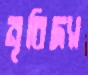
নৃবিদ্যা